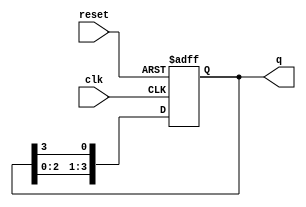
module ring_counter #(
    parameter N = 4 // Number of stages (flip-flops)
)(
    input wire clk,         // Clock input
    input wire reset,       // Asynchronous reset
    output reg [N-1:0] q    // Output state of the ring counter
);

// Initial state
initial begin
    q = 1'b1; // Start with a single high bit
end

// Always block for the ring counter operation
always @(posedge clk or posedge reset) begin
    if (reset) begin
        q <= 1'b1; // Reset to initial state
    end else begin
        // Shift the '1' to the right
        q <= {q[N-2:0], q[N-1]}; // Shift right and wrap around
    end
end

endmodule